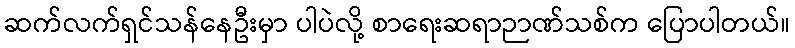
ဆက်လက်ရှင်သန်နေဦးမှာ ပါပဲလို့ စာရေးဆရာဉာဏ်သစ်က ပြောပါတယ်။